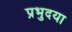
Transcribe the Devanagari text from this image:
प्रभुदया